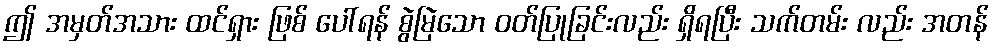
ဤ အမှတ်အသား ထင်ရှား ဖြစ် ပေါ်ရန် စွဲမြဲသော ဝတ်ပြုခြင်းလည်း ရှိရပြီး သက်တမ်း လည်း အတန်